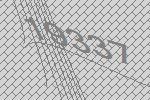
19337